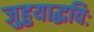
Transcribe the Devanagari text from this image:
जुहुयाद्धविः